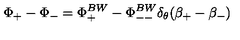
\Phi _ { + } - \Phi _ { - } = \Phi _ { + } ^ { B W } - \Phi _ { -- } ^ { B W } \delta _ { \theta } ( \beta _ { + } - \beta _ { - } )